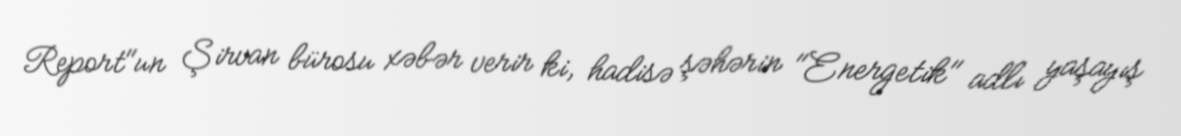
Report"un Şirvan bürosu xəbər verir ki, hadisə şəhərin "Energetik" adlı yaşayış